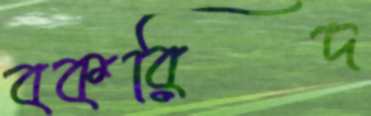
বকরিদ